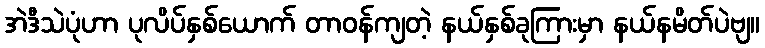
အဲဒီသဲပုံဟာ ပုလိပ်နှစ်ယောက် တာဝန်ကျတဲ့ နယ်နှစ်ခုကြားမှာ နယ်နမိတ်ပဲဗျ။